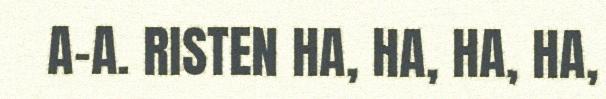
A-A. RISTEN HA, HA, HA, HA,